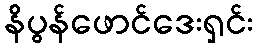
နိပွန်ဖောင်ဒေးရှင်း